Report of the Indian Hemp Drugs Commission, 1894-1895 - Volume III
Year: 1894
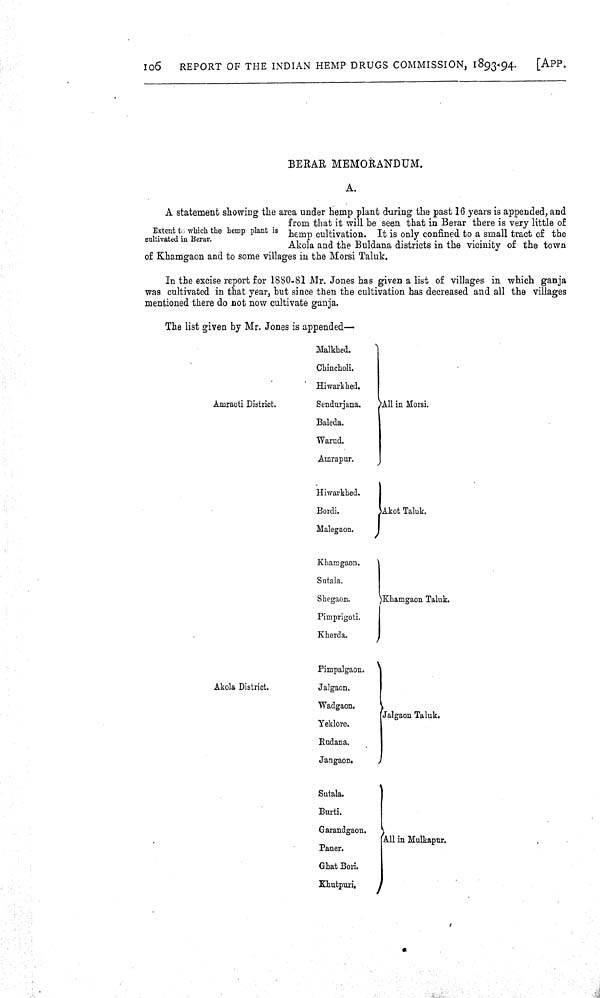
106
REPORT OF THE INDIAN HEMP DRUGS COMMISSION, 1893-94.
[APP.
BERAR MEMORANDUM.
A.
Extent to which the hemp plant is
cultivated in Berar.
A statement showing the area under hemp plant during the past 16 years is appended, and
from that it will be seen that in Berar there is very little of
hemp cultivation. It is only confined to a small tract of the
Akola and the Buldana districts in the vicinity of the town
of Khamgaon and to some villages in the Morsi Taluk.
In the excise report for 1880-81 Mr. Jones has given a list of villages in which ganja
was cultivated in that year, but since then the cultivation has decreased and all the villages
mentioned there do not now cultivate ganja.
The list given by Mr. Jones is appended—
Malkhed.
Chincholi.
Hiwarkhed.
Amraoti District.
Sendurjana.
All in Morsi.
Baleda.
Warud.
Amrapur.
Hiwarkhed.
Bordi.
Akot Taluk.
Malegaon.
Khamgaon.
Sutala.
Shegaon.
Khamgaon Taluk.
Pimprigoti.
Kherda.
Pimpalgaon.
Akola District.
Jalgaon.
Wadgaon.
Yeklore.
Jalgaon Taluk.
Rudana.
Jangaon.
Sutala.
Burti.
Garandgaon.
Paner.
All in Malkapur.
Ghat Bori.
Khutpuri.